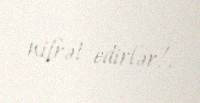
nifrət edirlər!.